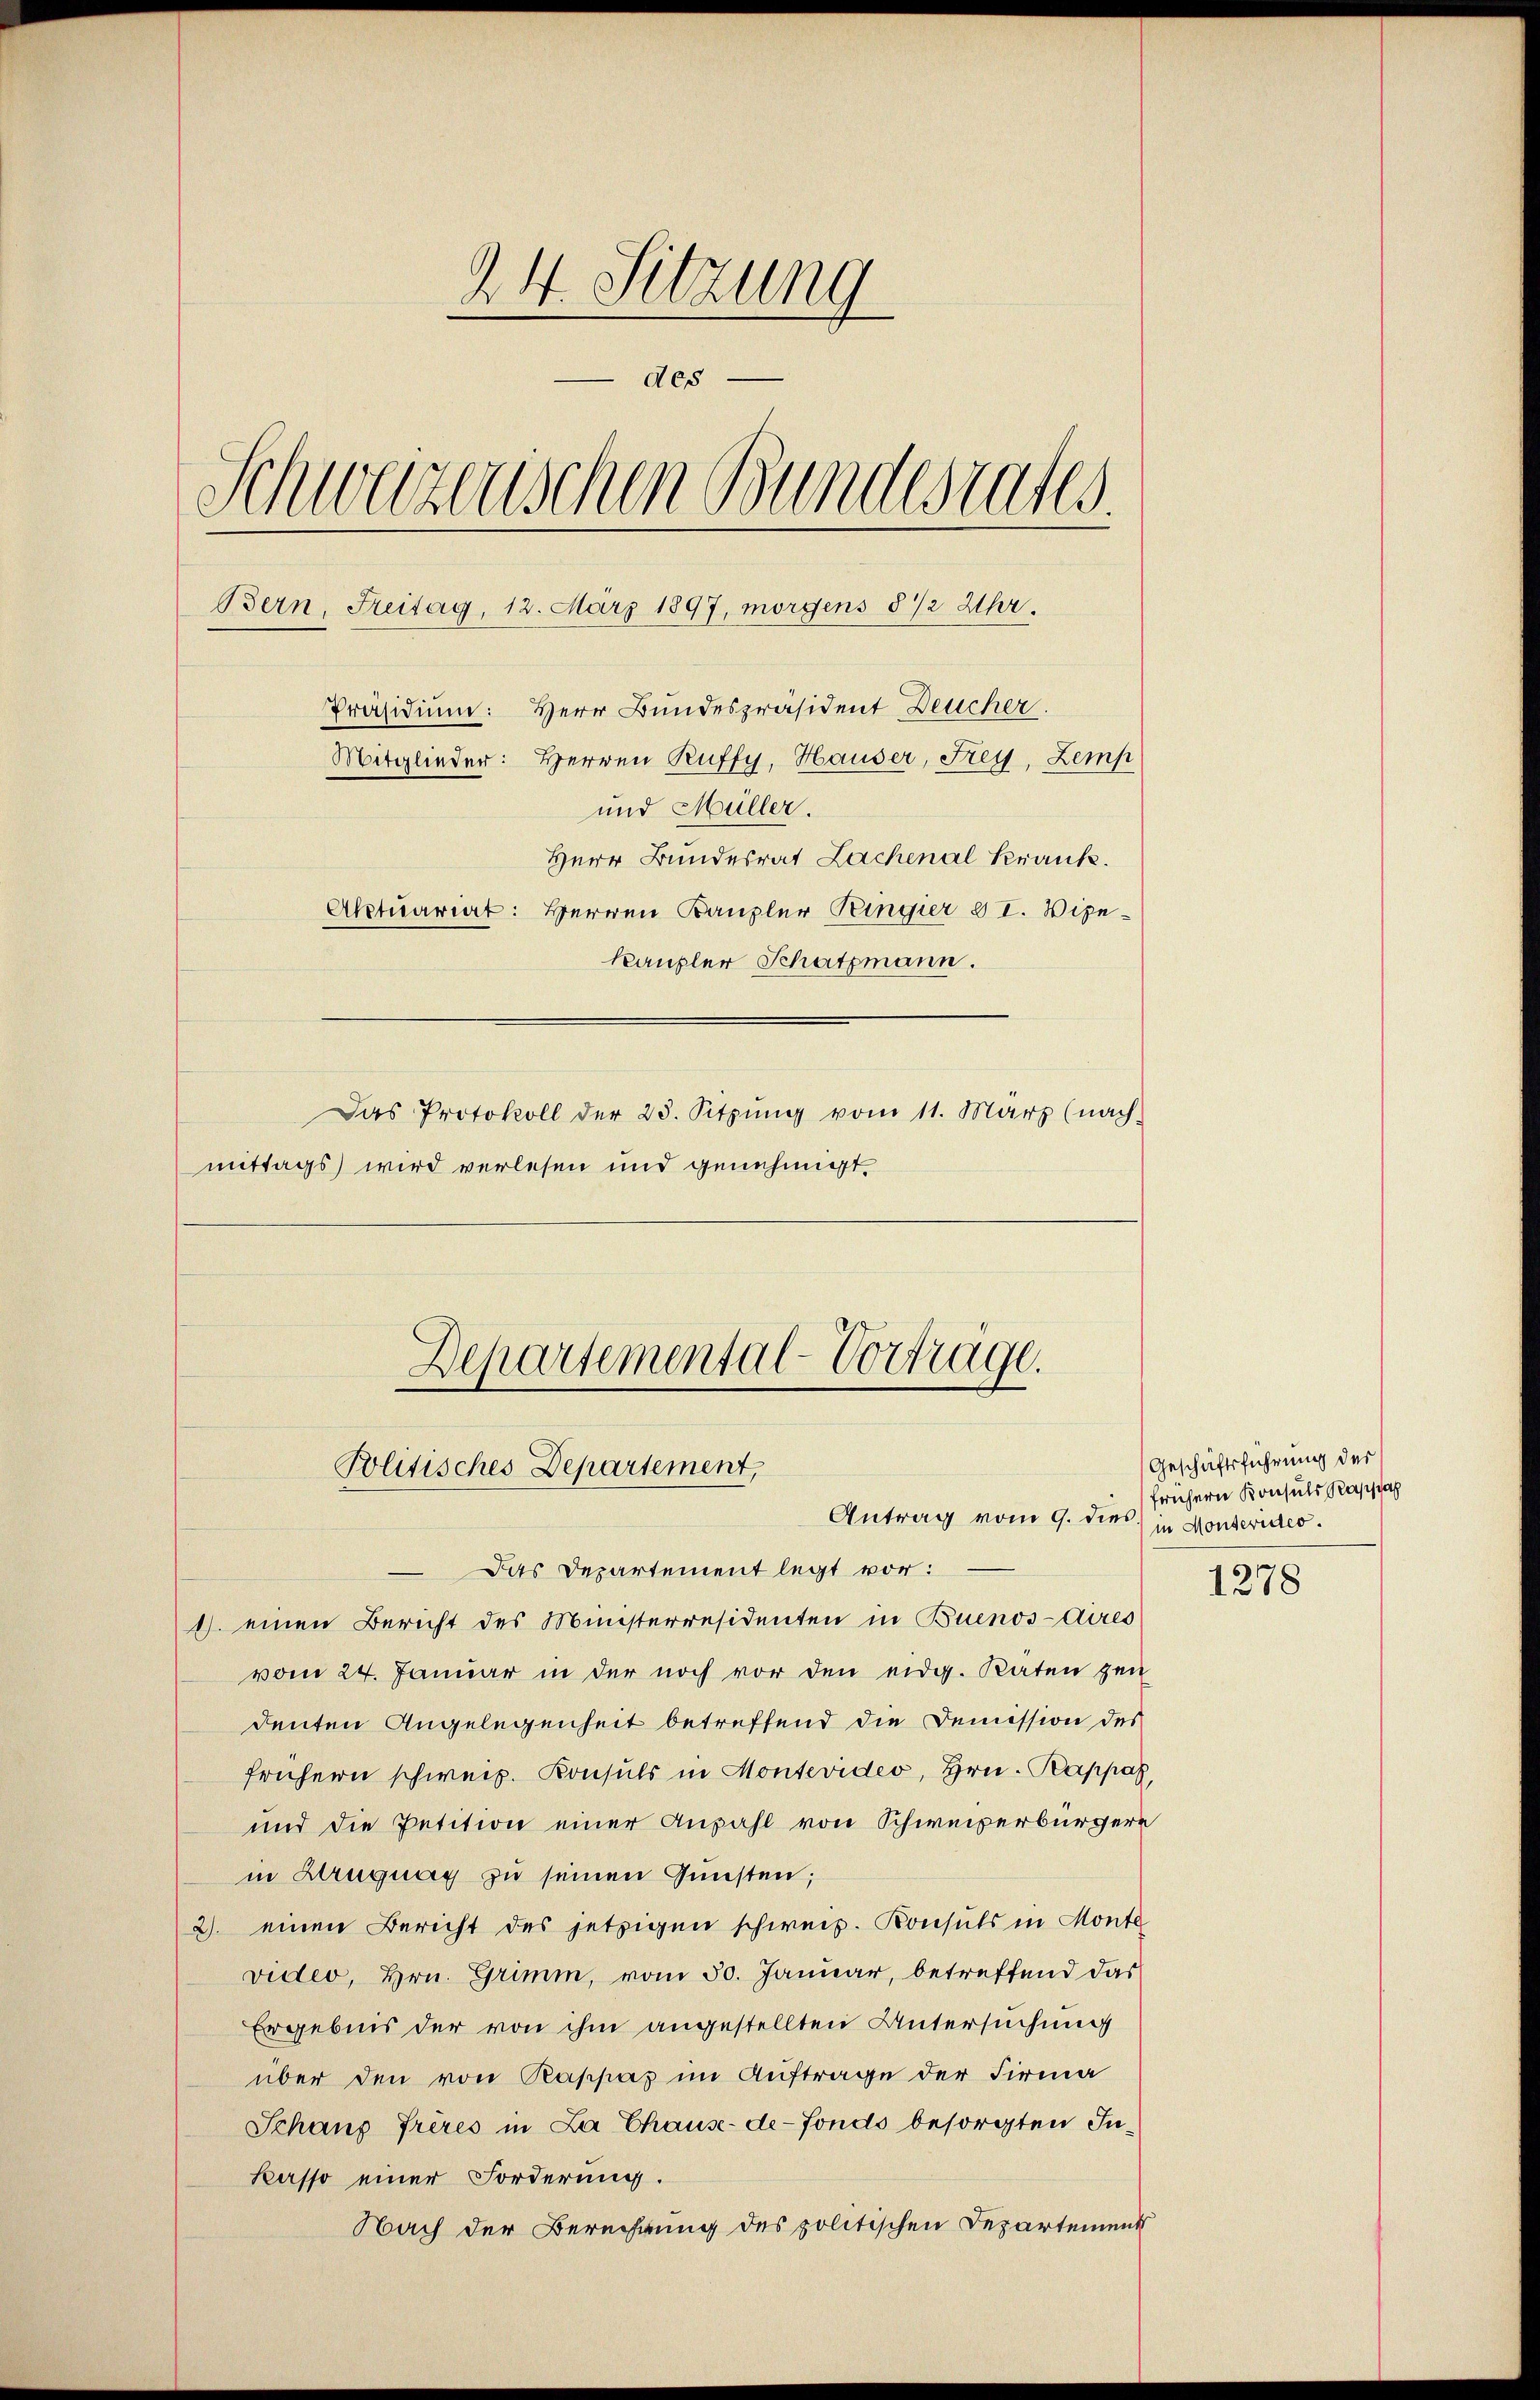
24. Sitzung
des
Schwarzerischen Bundesrates.
Bern, Freitag, 12. März 1897, morgens 8 1/2 Uhr.
Präsidium: Herr Bundespräsident Deucher
Mitglieder: Herren Ruffy, Hauser, Frey, Zemp
und Müller.
Herr Bundesrat Lachenal Krank.
Aktuariat: Herren Kanzler Ringier II. Vize-
Kaupler Schatzmann.
Das Protokoll der 23. Sitzŭng vom 11. März (nach-
mittags wird verlesen und genehmigt.

Departemental-Vortrage.
Politisches Departement,
Antrag vom 9. dies

Das Departement legt vor:
1) einen Bericht des Ministerresidenten in Buenos-Ayres
vom 24. Januar in der noch vor den eidg. Raten gen
denten Angelegenheit betreffend die Demission des
frühern schweiz. Konsuls in Montevideo, Hrn. Rappa
und die Petition einer Anzahl von Schweizerbürgere
in Kruguay zu seinen Gunsten;
2) einen Bericht des jetzigen schweiz. Konsuls in Monte
video, Hrn. Grimm, vom 30. Januar, betreffend das
Ergebnis der von ihm angestellten Untersuchung
über den von Rappaz im Auftrage der Firma
Schaus frères in La Chause-de-Fonds besorgten Inkasso einer Forderung.
Nach der Berechnung des politischen Departement

Geschäftsführung der
frühern Konsuls Rappa
in Montevideo.

1278